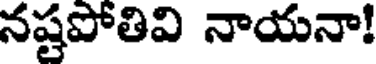
నష్టపోతివి నాయనా!